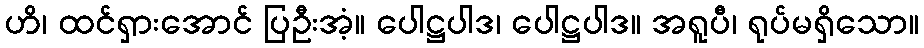
ဟိ၊ ထင်ရှားအောင် ပြဦးအံ့။ ပေါဋ္ဌပါဒ၊ ပေါဋ္ဌပါဒ။ အရူပီ၊ ရုပ်မရှိသော။